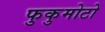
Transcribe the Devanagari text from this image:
फुकुमोटो